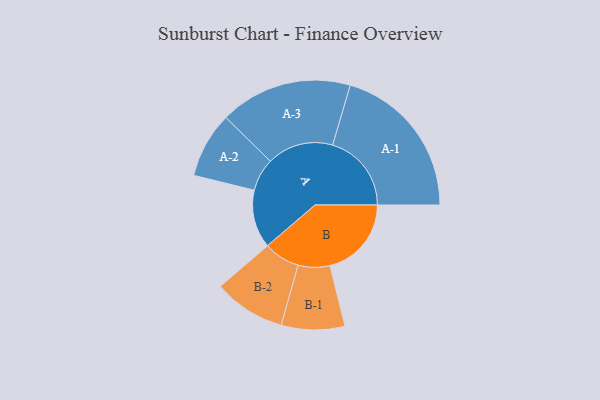
{"axis": {"x": "Segment", "y": "Value"}, "legend": ["", "A", "B"], "data": [{"x": "A", "y": 200, "type": ""}, {"x": "B", "y": 280, "type": ""}, {"x": "A-1", "y": 271, "type": "A"}, {"x": "A-2", "y": 113, "type": "A"}, {"x": "A-3", "y": 228, "type": "A"}, {"x": "B-1", "y": 109, "type": "B"}, {"x": "B-2", "y": 124, "type": "B"}]}